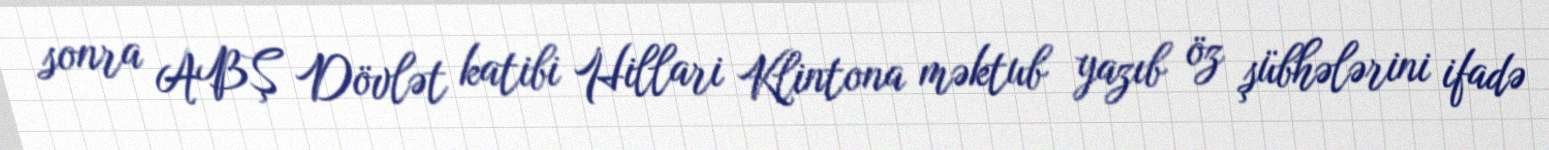
sonra ABŞ Dövlət katibi Hillari Klintona məktub yazıb öz şübhələrini ifadə